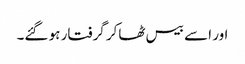
اور اسے بیس ٹھاکر گرفتار ہو گئے۔